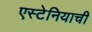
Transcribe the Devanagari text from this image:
एस्टेनियाची